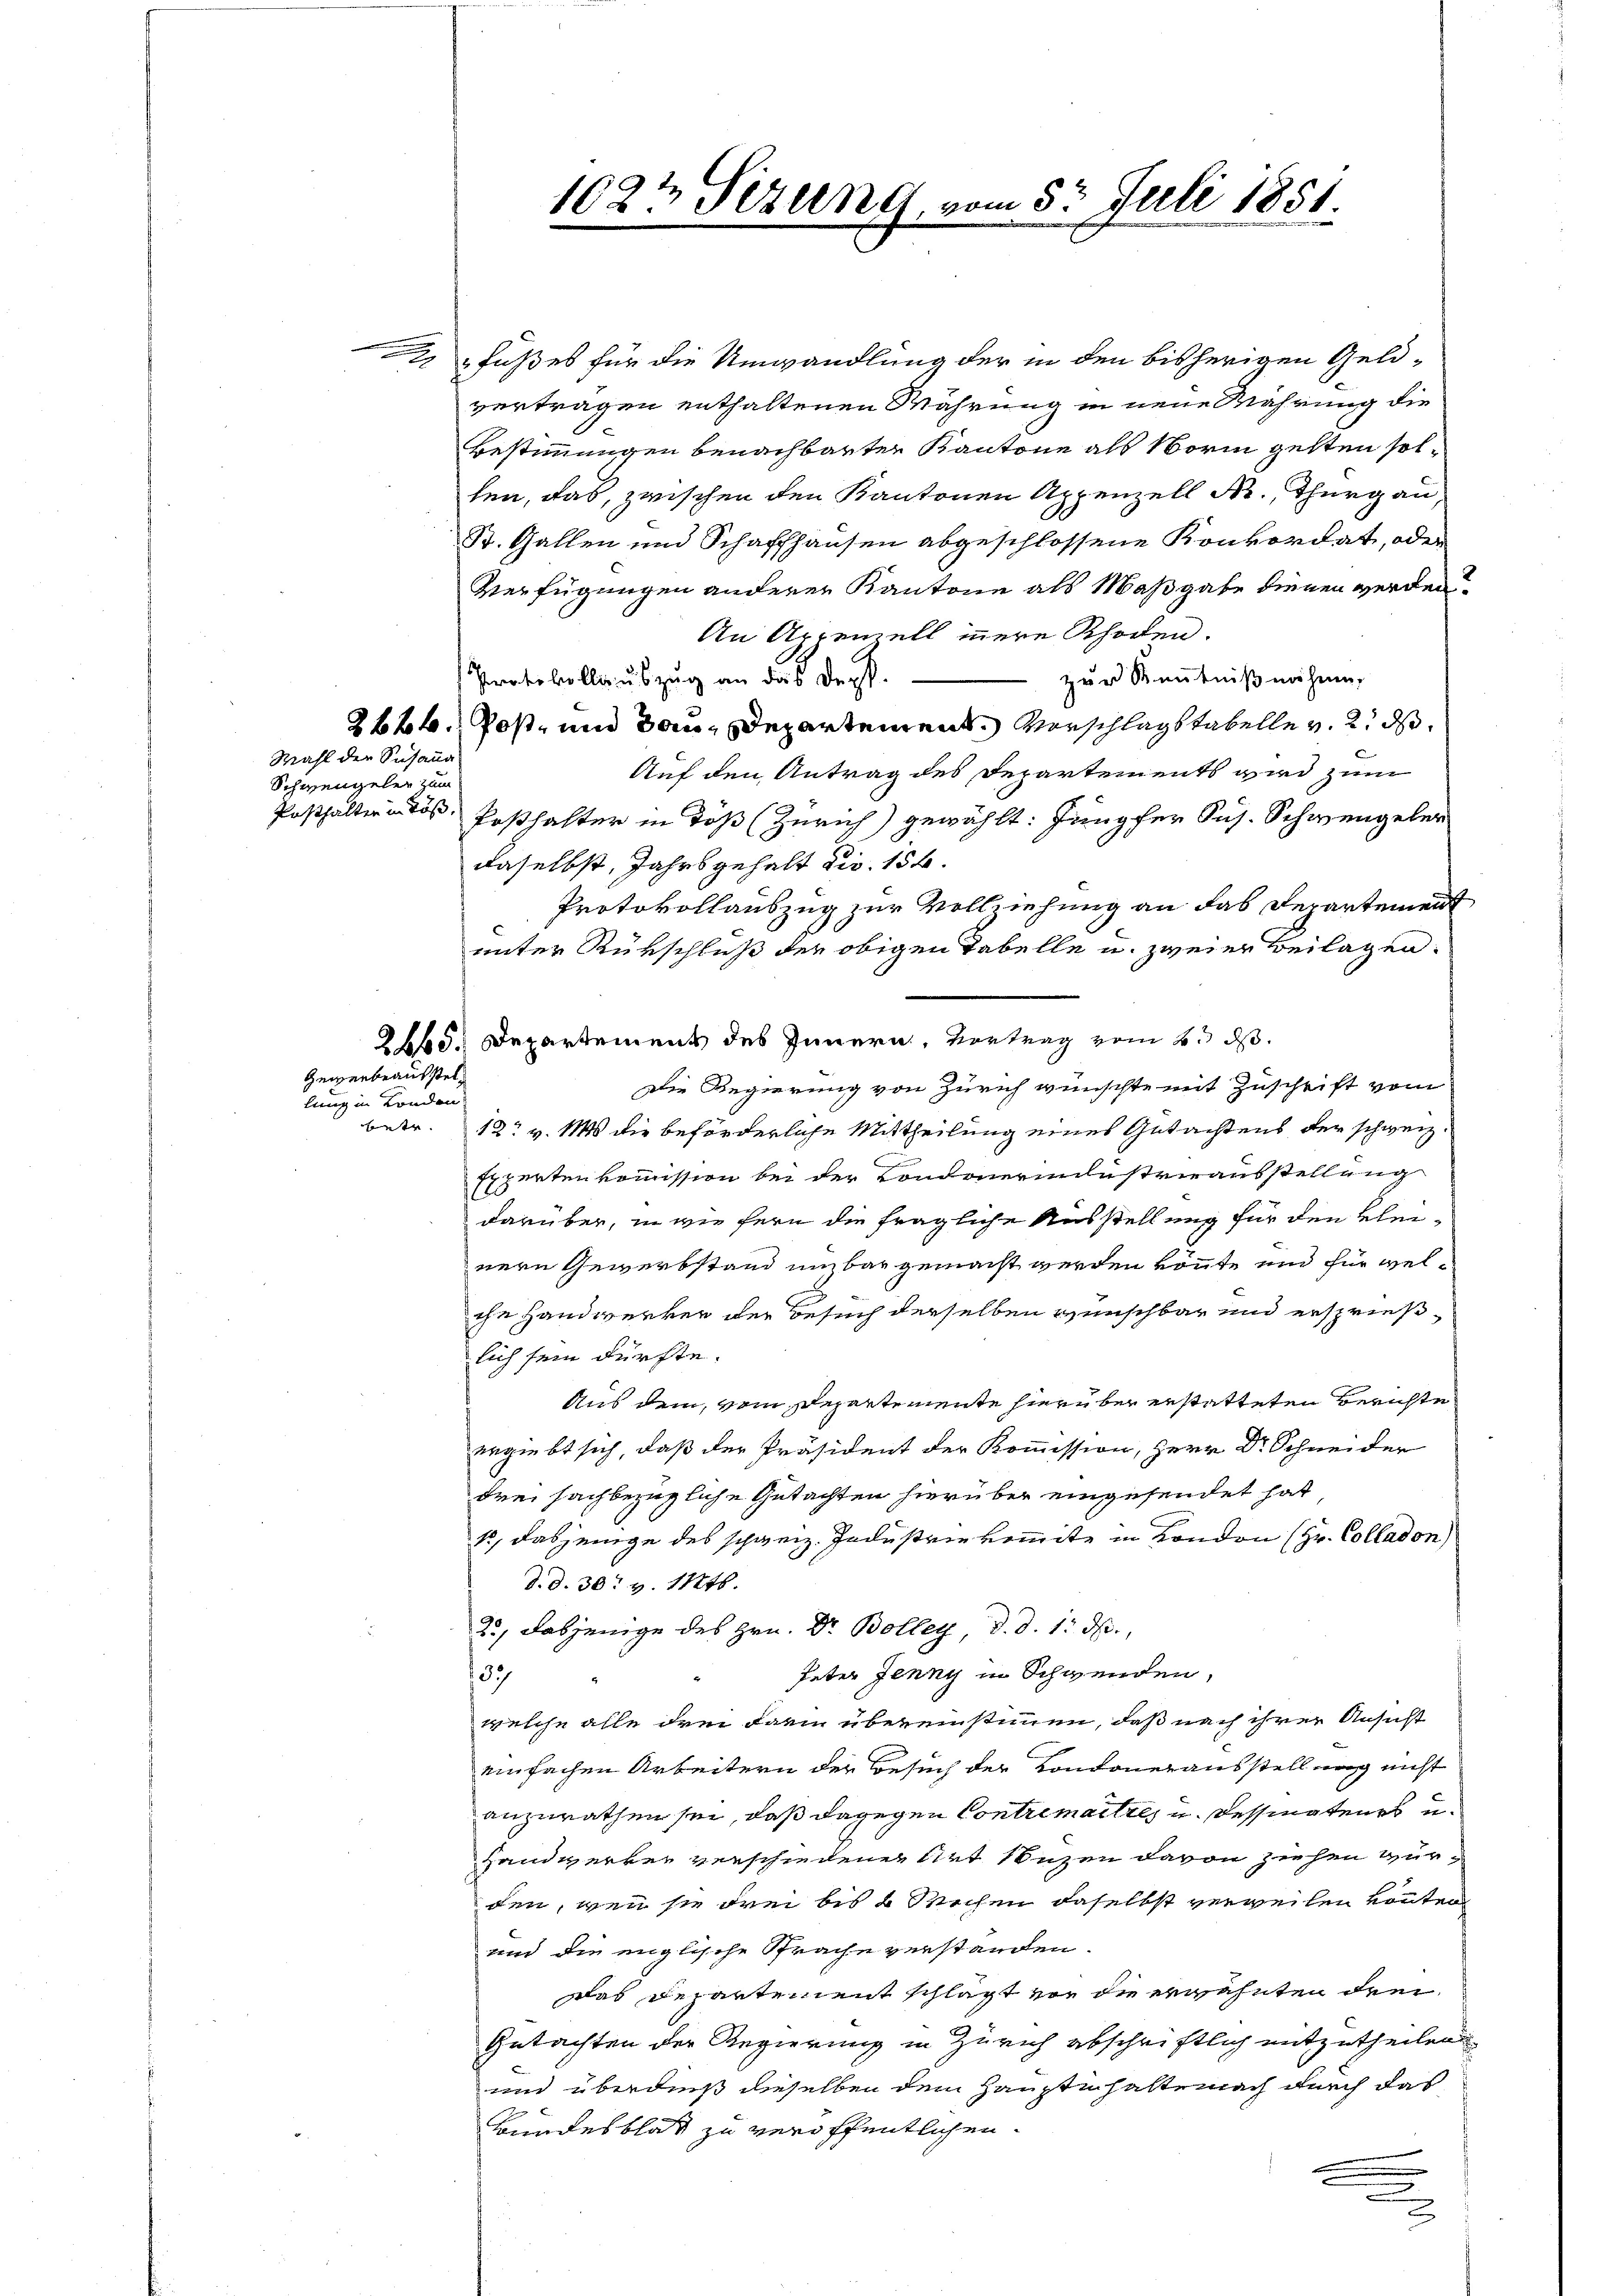
g

Wahl der Susana
Schwengeler zum

Gewerbeaufstellung in London
betr.

fußes für die Umwandlung der in den bisherigen Geldvertragen enthaltenen Währung in neue Wahrung die
Bestimmigen benachbarten Kantone als worin gelten solten, das, zwischen den Kantonen Appenzell Kr., Thurgau,
St. Gallen und Schaffhausen abgeschlossene Konkordat, oder
Verfügungen anderer Kantone als Maßgabe dienen werden
An Appenzell innere Rhoden.
zur Kenntniß währen,
Protokollauszug an das Dept.
2644. Post- und dann Departement, Vorschlagstabelle v. 2. ds.
Auf den Antrag des Departements wird zum
Posthalter in Töß, Posthalter in Töß (Zürich) gewählt: Jungfer Sus. Schwengeler
daselbst, Jahrs gehalt dir. 156.
Protokollauszug zur Vollziehung an das Departement
unter Rükschluß der obigen Tabelle u. zweier Beilagen.
2665. Departement des Innern, Vortrag vom 2. ds.
Die Regierung von Zürich wünschte mit Zuschrift vom
12 v. Ms. die beförderliche Mittheilung eines Gutachtens der schweiz.
Expertenkommission bei der Londonerindustrieausstellung
darüber, in wie fern die fragliche Ausstellung für den kleinern Gewerbstand umbar gemacht werden könnte und für welche Handwerker der Besuch derselben wünschbar und ersprieß-
lich sein dürfte.
Aus dem, vom Departemente hierüber erstatteten Berichte
ergiebt sich, daß der Präsident der Kommission, Herr Dr. Schneider
drei sachbezügliche Gutachten hierüber eingesendet hat
15, dasjenige des schweiz. Industrie kommite in London (Hr. Colladon)
d. d. 30. v. 11246.
23, dasjenige des Hrn. Dr. Bolleg, d. d. 1. ds.,
Peter Jenny in Schwenden,
137
welche alle drei darin übereinstimmen, daß nach ihrer Ansicht
einfachen Arbeitern der Besuch der Kontonerausstellung nicht
anzurathen sei, daß dagegen Contremaitre, u. Dessinateurs u.
Handwerker verschiedener Art Nuzen davon ziehen würden, wenn sie drei bis 4 Wochen daselbst verweilen könnten
und die englische Sprache verstanden.
das Departement schlägt von die erwähnten drei¬
Gutachten der Regierung in Zürich abschriftlich mitzutheilen
und überdieß dieselben dem Hauptinhaltenach durch das
Bundesblatt zu veröffentlichen

1622 Sizung vom 5t Juli 1851.

2

¬